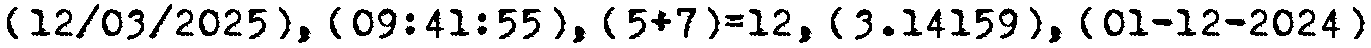
[12/03/2025], {09:41:55}, (5+7)=12, [3.14159], {01-12-2024}